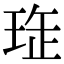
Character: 𤥖